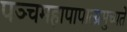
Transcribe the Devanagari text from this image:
पञ्चमहापापात्प्रमुच्यते